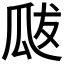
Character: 𭺘